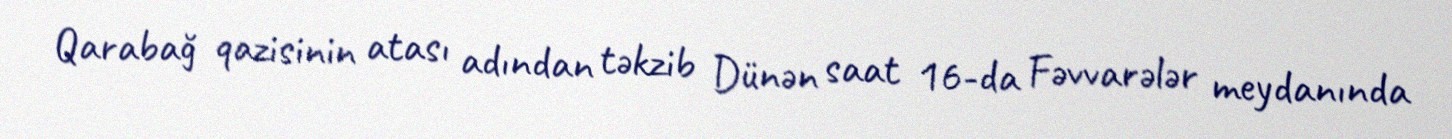
Qarabağ qazisinin atası adından təkzib Dünən saat 16-da Fəvvarələr meydanında